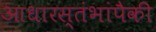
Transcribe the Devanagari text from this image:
आधारस्तंभांपैकी